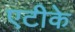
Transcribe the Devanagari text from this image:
एटीके